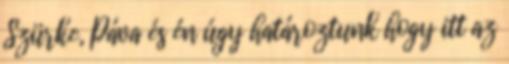
Szürke, Páva és én úgy határoztunk hogy itt az